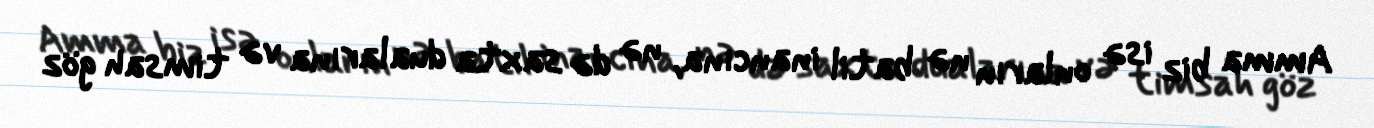
Amma biz isə onların nə batil inancına, nə də saxta dualarına və timsah göz